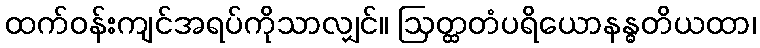
ထက်ဝန်းကျင်အရပ်ကိုသာလျှင်။ ဩတ္ထတံပရိယောနန္ဓတိယထာ၊